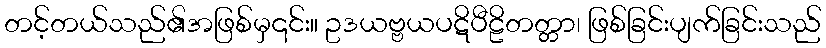
တင့်တယ်သည်၏အဖြစ်မှ၎င်း။ ဥဒယဗ္ဗယပဋိပီဠိတတ္တာ၊ ဖြစ်ခြင်းပျက်ခြင်းသည်